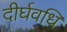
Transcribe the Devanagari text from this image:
दीर्घवधि